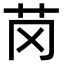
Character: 𫇪